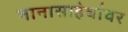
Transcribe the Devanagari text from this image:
नानासाहेबांवर